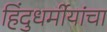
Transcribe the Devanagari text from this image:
हिंदुधर्मीयांचा